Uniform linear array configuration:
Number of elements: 16
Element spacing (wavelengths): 1
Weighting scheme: kaiser
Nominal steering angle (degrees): -30
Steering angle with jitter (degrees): -30.848
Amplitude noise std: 0.05
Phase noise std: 0.05

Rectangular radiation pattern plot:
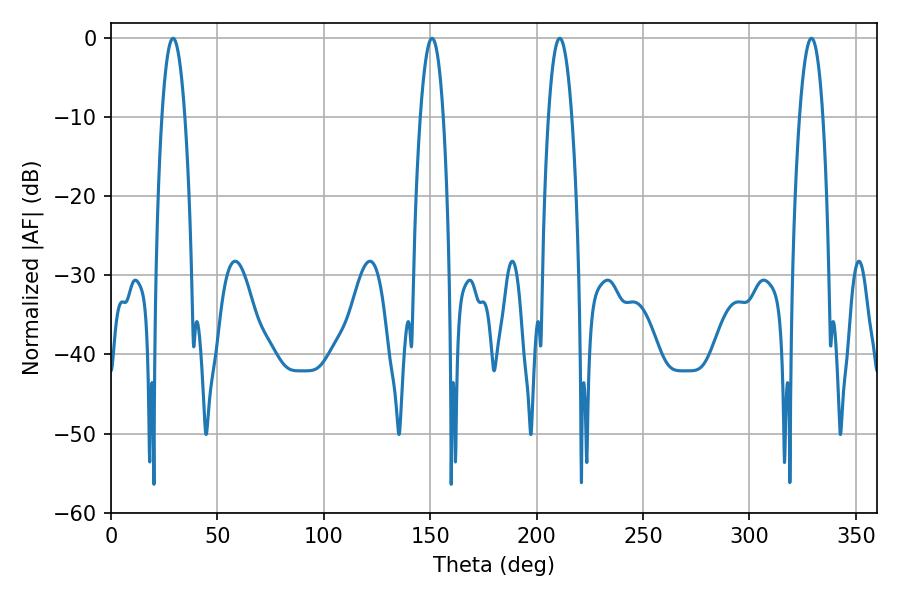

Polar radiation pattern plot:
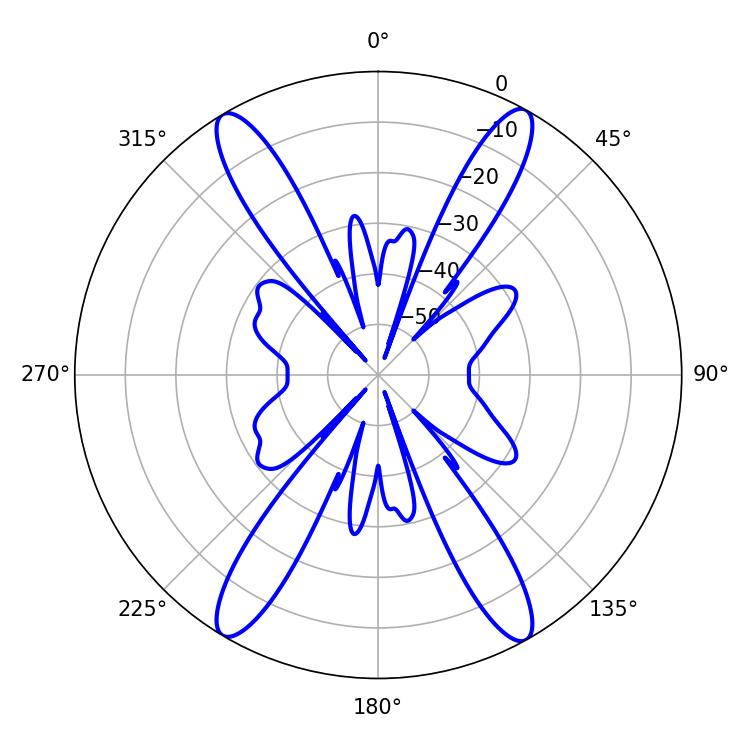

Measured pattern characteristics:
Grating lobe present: TRUE
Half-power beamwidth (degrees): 5.94
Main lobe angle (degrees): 29.16